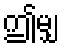
ဤမျှ